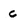
Character: c